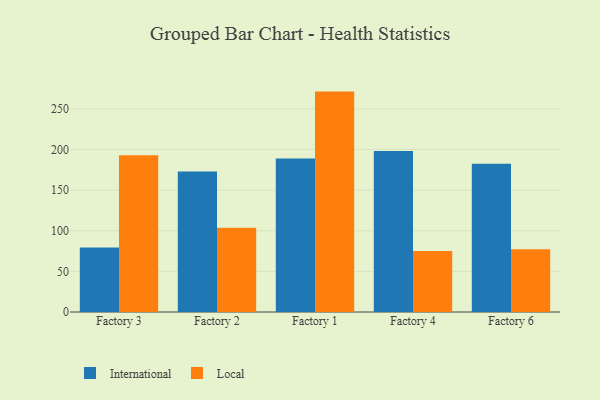
{"axis": {"x": "Factory", "y": "Page Views"}, "legend": ["International", "Local"], "data": [{"x": "Factory 3", "y": 79.4, "type": "International"}, {"x": "Factory 3", "y": 192.9, "type": "Local"}, {"x": "Factory 2", "y": 173.1, "type": "International"}, {"x": "Factory 2", "y": 103.8, "type": "Local"}, {"x": "Factory 1", "y": 188.8, "type": "International"}, {"x": "Factory 1", "y": 271.3, "type": "Local"}, {"x": "Factory 4", "y": 198.2, "type": "International"}, {"x": "Factory 4", "y": 75.0, "type": "Local"}, {"x": "Factory 6", "y": 182.4, "type": "International"}, {"x": "Factory 6", "y": 77.2, "type": "Local"}]}